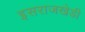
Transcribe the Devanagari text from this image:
इसराजखेडी